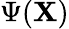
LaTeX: \Psi(\mathbf{X})